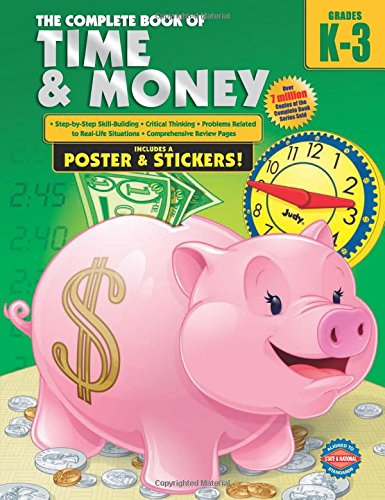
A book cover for The Complete Book of Time and Money, Grades K - 3; Education & Teaching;